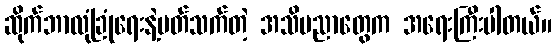
ဆိုက်ဘာလုံခြုံရေးနဲ့ပတ်သက်တဲ့ အသိပညာတွေက အရေးကြီးပါတယ်။